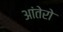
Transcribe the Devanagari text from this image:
आंतेरो